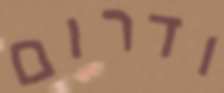
ודרום